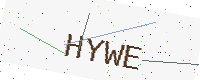
Text: HYWE